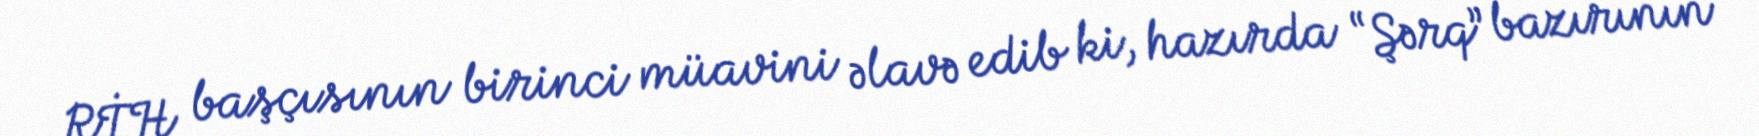
RİH başçısının birinci müavini əlavə edib ki, hazırda “Şərq” bazırının